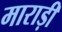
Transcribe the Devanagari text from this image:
माराड़ी